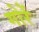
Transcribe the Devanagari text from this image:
गोरें